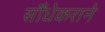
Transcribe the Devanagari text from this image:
सौंधेकराने